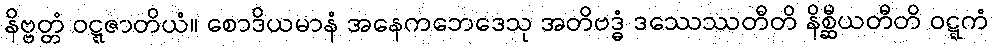
နိဗ္ဗတ္တံ ဝဋ္ဋဇာတိယံ။ စောဒိယမာနံ အနေကဘေဒေသု အတိဗဒ္ဓံ ဒဿေဿတီတိ နိစ္ဆီယတီတိ ဝဋ္ဋကံ